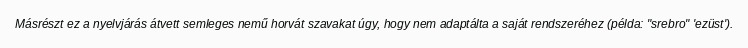
Másrészt ez a nyelvjárás átvett semleges nemű horvát szavakat úgy, hogy nem adaptálta a saját rendszeréhez (példa: "srebro" 'ezüst').